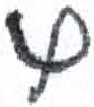
אות: ץ